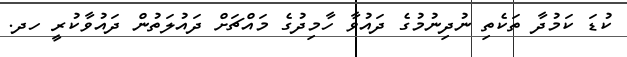
ކުޑަ ކަމުދާ ތަކެތި ނުދިނުމުގެ ދައުވާ ހާމިދުގެ މައްޗަށް ދައުލަތުން ދައުވާކުރީ ހދ.